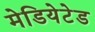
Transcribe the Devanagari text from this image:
मेडियेटेड